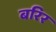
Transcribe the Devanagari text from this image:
बरिर